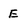
Character: E